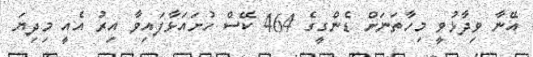
އޭނާ ވިދާޅުވީ މިހާތަނަށް ޑެންގީގެ 464 ކޭސް ހުށައަޅާފައިވާ އިރު އެއީ މިދިޔަ